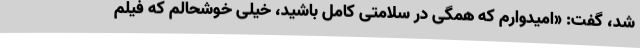
شد، گفت: «امیدوارم که همگی در سلامتی کامل باشید، خیلی خوشحالم که فیلم